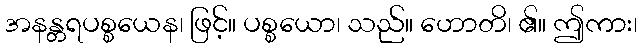
အနန္တရပစ္စယေန၊ ဖြင့်။ ပစ္စယော၊ သည်။ ဟောတိ၊ ၏။ ဤကား၊